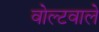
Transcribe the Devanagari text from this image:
वोल्टवाले